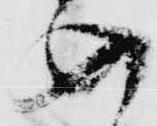
め